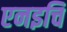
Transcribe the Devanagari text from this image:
एनइचि